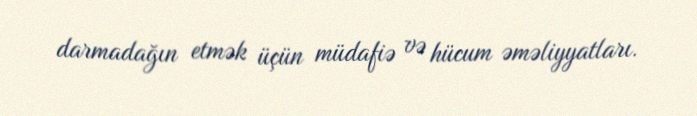
darmadağın etmək üçün müdafiə və hücum əməliyyatları.